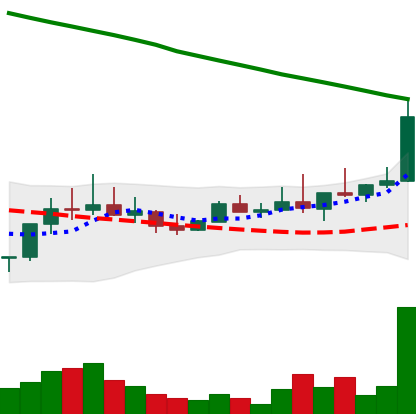
Ticker: DOGE-USD
Chart end date: 2022-08-14
Forward return: -16.83%
Label: down_7plus